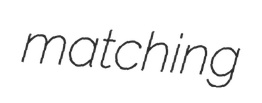
matching